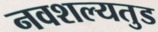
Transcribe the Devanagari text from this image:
नवशल्यतुड